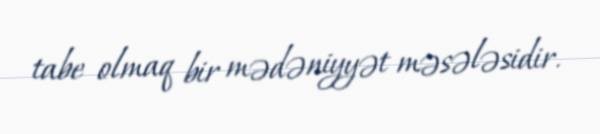
tabe olmaq bir mədəniyyət məsələsidir.